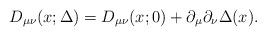
LaTeX: \begin{align*}D_{\mu \nu}(x;\Delta) = D_{\mu \nu}(x;0) + \partial_\mu \partial_\nu\Delta(x). \end{align*}